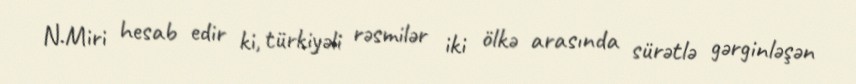
N.Miri hesab edir ki, türkiyəli rəsmilər iki ölkə arasında sürətlə gərginləşən